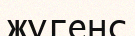
жүгенс